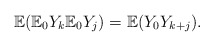
\begin{align*}\mathbb{E}(\mathbb{E}_{0}Y_{k}\mathbb{E}_{0}Y_{j})=\mathbb{E}(Y_{0}Y_{k+j}).\end{align*}